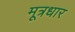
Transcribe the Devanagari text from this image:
मूत्रधार